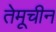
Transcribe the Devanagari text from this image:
तेमूचीन